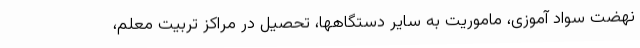
نهضت سواد آموزی، ماموریت به سایر دستگاهها، تحصیل در مراکز تربیت معلم،